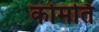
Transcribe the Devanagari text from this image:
कोमर्ति